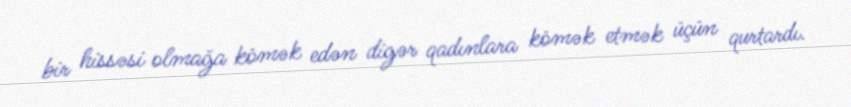
bir hissəsi olmağa kömək edən digər qadınlara kömək etmək üçün qurtardı.